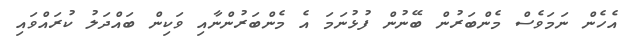
އެހެން ނަމަވެސް މެންބަރުން ބޭނުން ފުޅުނަމަ އެ މެންބަރުންނާއި ވަކިން ބައްދަލު ކުރައްވައި